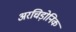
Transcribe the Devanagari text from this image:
अरचिड़ोनिक